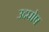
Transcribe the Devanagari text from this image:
उद्दघोष